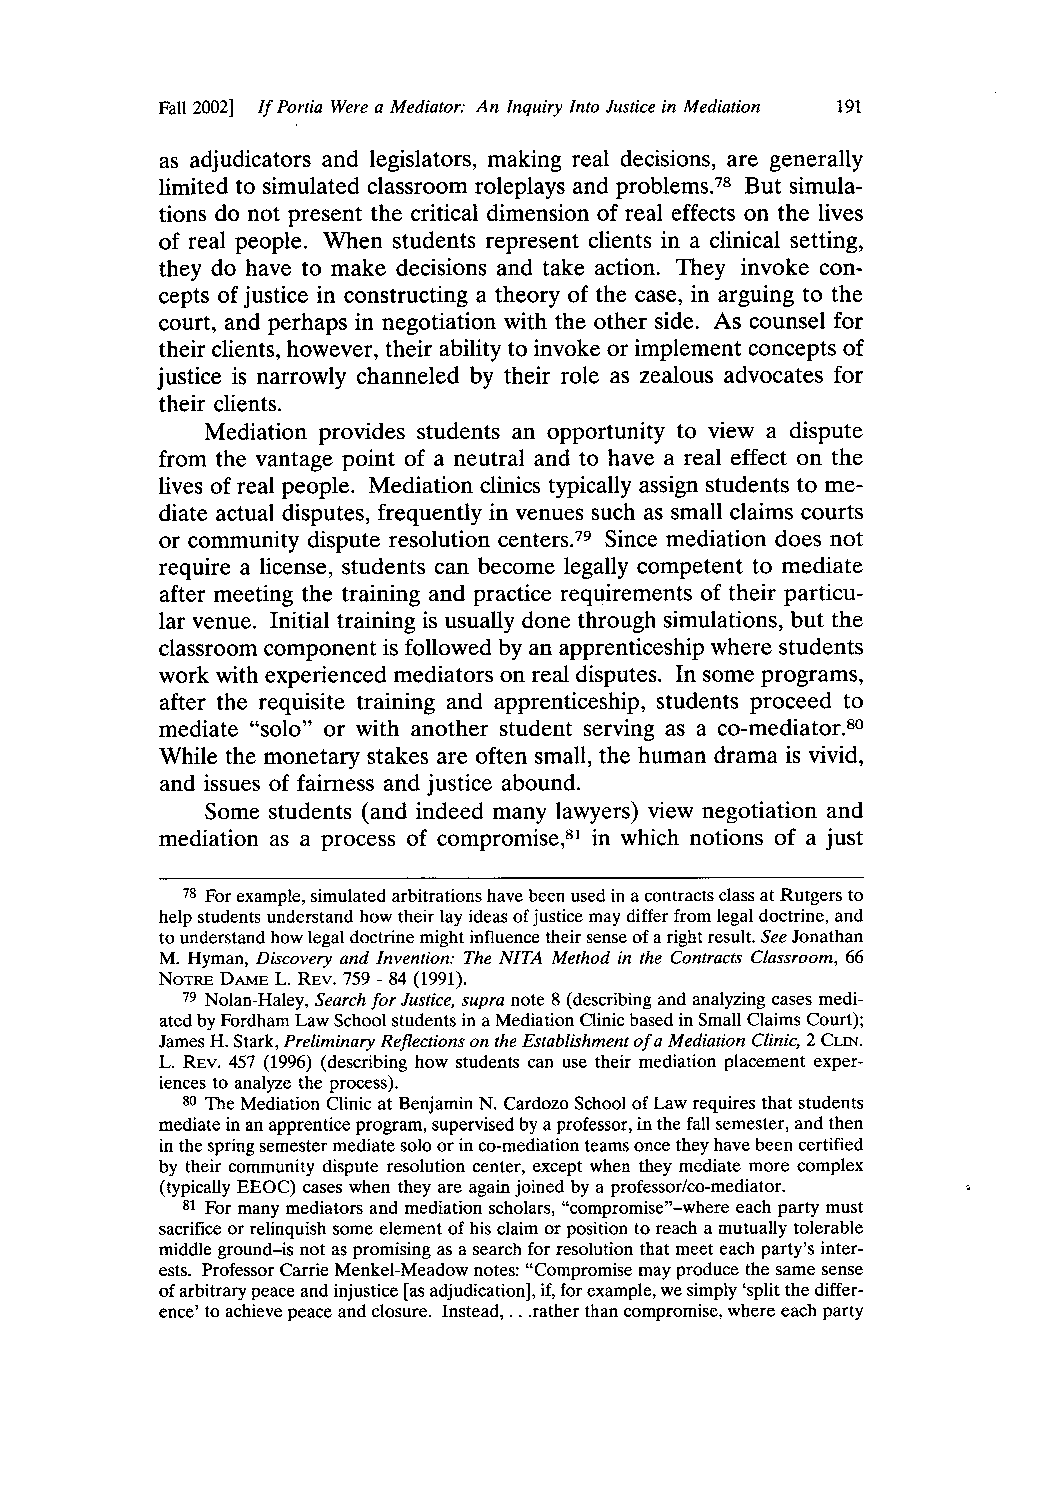
Fall 2002] If Portia Were a Mediator: An Inquiry Into Justice in Mediation 191
 as adjudicators and legislators, making real decisions, are generally
 limited to simulated classroom roleplays and problems.78 But simula-
 tions do not present the critical dimension of real effects on the lives
 of real people. When students represent clients in a clinical setting,
 they do have to make decisions and take action. They invoke con-
 cepts of justice in constructing a theory of the case, in arguing to the
 court, and perhaps in negotiation with the other side. As counsel for
 their clients, however, their ability to invoke or implement concepts of
 justice is narrowly channeled by their role as zealous advocates for
 their clients.
 Mediation provides students an opportunity to view a dispute
 from the vantage point of a neutral and to have a real effect on the
 lives of real people. Mediation clinics typically assign students to me-
 diate actual disputes, frequently in venues such as small claims courts
 or community dispute resolution centers.79 Since mediation does not
 require a license, students can become legally competent to mediate
 after meeting the training and practice requirements of their particu-
 lar venue. Initial training is usually done through simulations, but the
 classroom component is followed by an apprenticeship where students
 work with experienced mediators on real disputes. In some programs,
 after the requisite training and apprenticeship, students proceed to
 mediate "solo" or with another student serving as a co-mediator.80
 While the monetary stakes are often small, the human drama is vivid,
 and issues of fairness and justice abound.
 Some students (and indeed many lawyers) view negotiation and
 mediation as a process of compromise,81 in which notions of a just
 78 For example, simulated arbitrations have been used in a contracts class at Rutgers to
 help students understand how their lay ideas of justice may differ from legal doctrine, and
 to understand how legal doctrine might influence their sense of a right result. See Jonathan
 M. Hyman, Discovery and Invention: The NITA Method in the Contracts Classroom, 66
 NOTRE DAME L. REV. 759 - 84 (1991).
 79 Nolan-Haley, Search for Justice, supra note 8 (describing and analyzing cases medi-
 ated by Fordham Law School students in a Mediation Clinic based in Small Claims Court);
 James H. Stark, Preliminary Reflections on the Establishmento f a Mediation Clinic, 2 CLIN.
 L. REV. 457 (1996) (describing how students can use their mediation placement exper-
 iences to analyze the process).
 80 The Mediation Clinic at Benjamin N. Cardozo School of Law requires that students
 mediate in an apprentice program, supervised by a professor, in the fall semester, and then
 in the spring semester mediate solo or in co-mediation teams once they have been certified
 by their community dispute resolution center, except when they mediate more complex
 (typically EEOC) cases when they are again joined by a professor/co-mediator.
 81 For many mediators and mediation scholars, "compromise"-where each party must
 sacrifice or relinquish some element of his claim or position to reach a mutually tolerable
 middle ground-is not as promising as a search for resolution that meet each party's inter-
 ests. Professor Carrie Menkel-Meadow notes: "Compromise may produce the same sense
 of arbitrary peace and injustice [as adjudication], if, for example, we simply 'split the differ-
 ence' to achieve peace and closure. Instead ...r.a ther than compromise, where each party